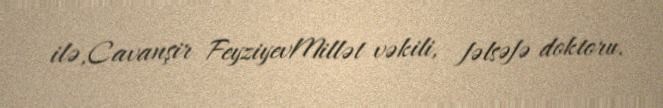
ilə,Cavanşir FeyziyevMillət vəkili, fəlsəfə doktoru.